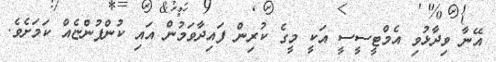
އޭނާ ވިދާޅުވި އެމްޓީސީސީ އަކީ މީގެ ކުރިން ފައިދާވަމުން އައި ކުންފުންޏެއް ކަމަށެވެ.